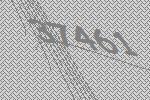
37461